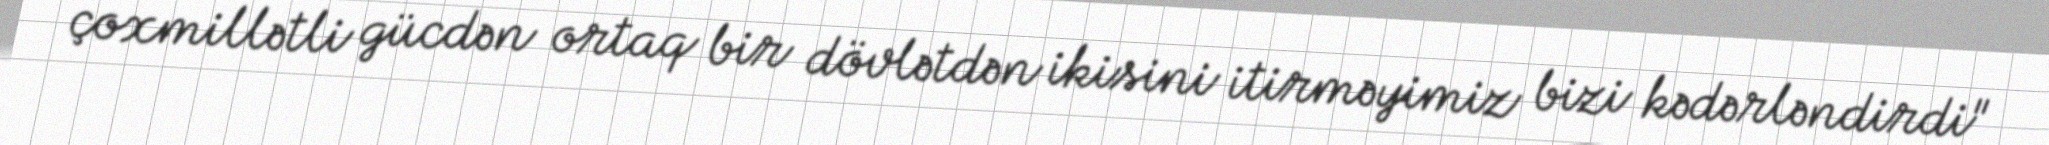
çoxmillətli gücdən ortaq bir dövlətdən ikisini itirməyimiz bizi kədərləndirdi"